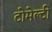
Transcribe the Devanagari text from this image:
टोमेल्टी